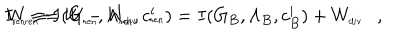
LaTeX: I _ { \tiny \mathrm { r e n } } \equiv I ( G _ { \tiny \mathrm { r e n } } , \Lambda _ { \tiny \mathrm { r e n } } , c _ { \tiny \mathrm { r e n } } ^ { i } ) = I ( G _ { B } , \Lambda _ { B } , c _ { B } ^ { i } ) + W _ { \tiny \mathrm { d i v } } , \hspace { 0 . 5 c m } W _ { \tiny \mathrm { r e n } } = W - W _ { \tiny \mathrm { d i v } } .